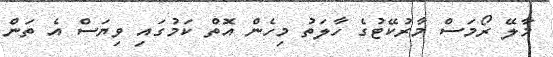
މާލޭ ރޯމަސް މާރުކޭޓުގެ ހާލަތު މިހެން އޮތް ކަމުގައި ވިޔަސް އެ ތަން